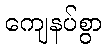
ကျေနပ်စွာ